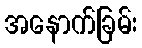
အနောက်ခြမ်း